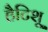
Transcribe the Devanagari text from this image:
हैटिशू